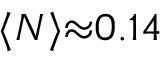
\langle N \rangle { \approx } 0 . 1 4